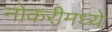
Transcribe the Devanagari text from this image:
नोकरीमध्ये